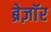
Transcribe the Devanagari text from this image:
ब्रेज़ाॅर